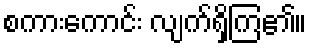
စကားကောင်း လျက်ရှိကြ၏။